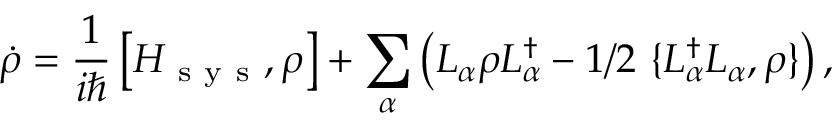
\dot { \rho } = \frac { 1 } { i \hbar } \left[ H _ { \mathrm { ~ s ~ y ~ s ~ } } , \rho \right] + \sum _ { \alpha } \left( L _ { \alpha } \rho L _ { \alpha } ^ { \dagger } - 1 / 2 ~ \{ L _ { \alpha } ^ { \dagger } L _ { \alpha } , \rho \} \right) ,